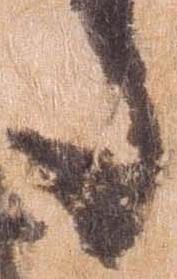
た